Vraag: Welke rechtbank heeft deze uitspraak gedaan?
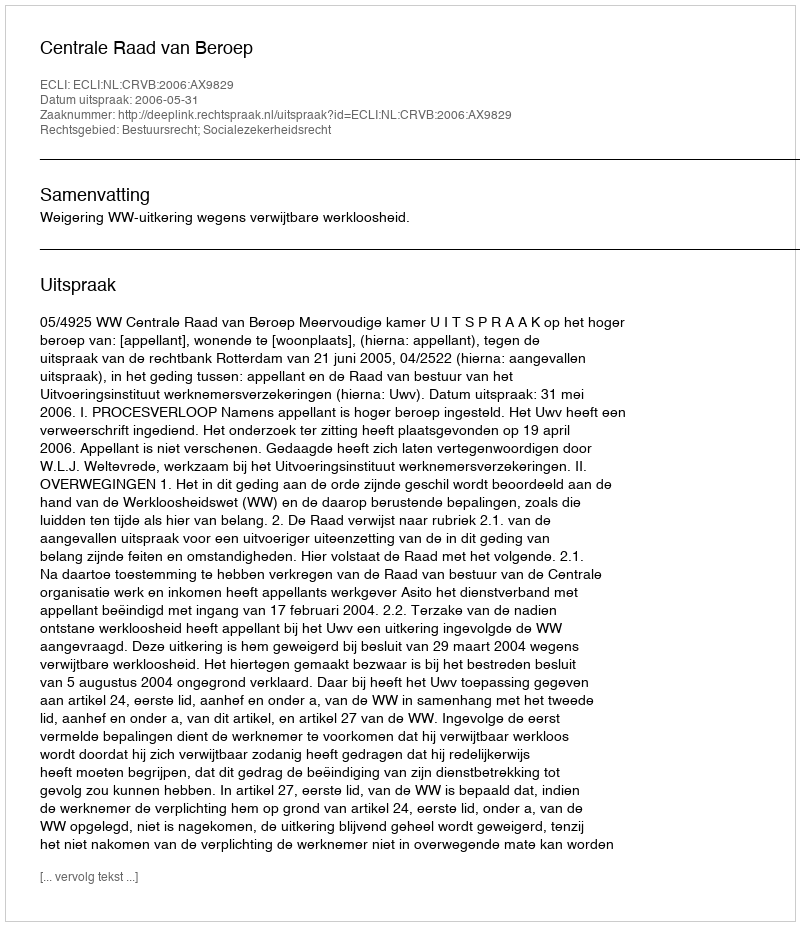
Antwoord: Centrale Raad van Beroep